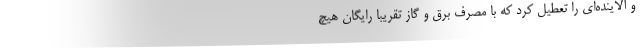
و آلاینده‌ای را تعطیل کرد که با مصرف برق و گاز تقریبا رایگان هیچ